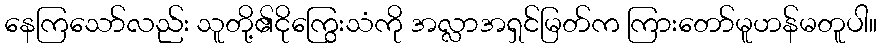
နေကြသော်လည်း သူတို့၏ငိုကြွေးသံကို အလ္လာအရှင်မြတ်က ကြားတော်မူဟန်မတူပါ။